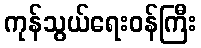
ကုန်သွယ်ရေးဝန်ကြီး